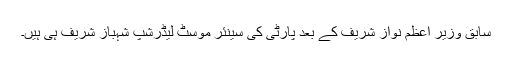
سابق وزیرِ اعظم نواز شریف کے بعد پارٹی کی سینئر موسٹ لیڈرشپ شہباز شریف ہی ہیں۔